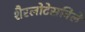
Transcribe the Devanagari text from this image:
शैरलोटेसविले